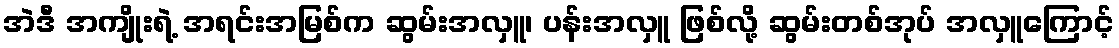
အဲဒီ အကျိုးရဲ့ အရင်းအမြစ်က ဆွမ်းအလှူ၊ ပန်းအလှူ ဖြစ်လို့ ဆွမ်းတစ်အုပ် အလှူကြောင့်